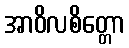
အာဝိလစိတ္တော